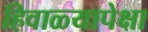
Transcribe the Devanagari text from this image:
हिवाळ्यापेक्षा